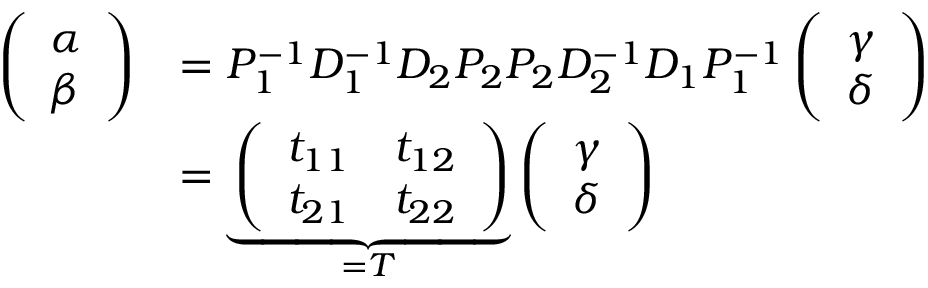
\begin{array} { r l } { \left( \begin{array} { l } { \alpha } \\ { \beta } \end{array} \right) } & { = P _ { 1 } ^ { - 1 } D _ { 1 } ^ { - 1 } D _ { 2 } P _ { 2 } P _ { 2 } D _ { 2 } ^ { - 1 } D _ { 1 } P _ { 1 } ^ { - 1 } \left( \begin{array} { l } { \gamma } \\ { \delta } \end{array} \right) } \\ & { = \underbrace { \left( \begin{array} { l l } { t _ { 1 1 } } & { t _ { 1 2 } } \\ { t _ { 2 1 } } & { t _ { 2 2 } } \end{array} \right) } _ { = T } \left( \begin{array} { l } { \gamma } \\ { \delta } \end{array} \right) } \end{array}